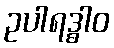
ဥပါရဒ္ဓါဝ